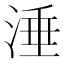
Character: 涶